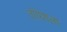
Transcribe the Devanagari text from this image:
तोपेशला